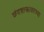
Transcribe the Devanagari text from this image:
छंदशास्त्रावरच्या